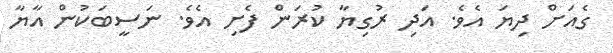
ގެއަށް ދިޔަ އެވެ. އަދި ރުގިޔާ ކުރަން ފެށި އެވެ. ނަސީބަކުން އާޔާ